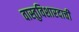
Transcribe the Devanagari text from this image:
वास्तुविशारदाची